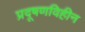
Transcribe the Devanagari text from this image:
प्रदूषणविहीन